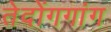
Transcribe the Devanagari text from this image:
तेदोंगगांग